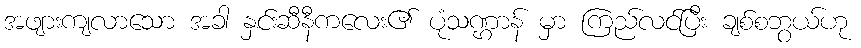
အဖျားကျလာသော အခါ နှင်းဆီနီကလေး၏ ပုံသဏ္ဌာန် မှာ ကြည်လင်ပြီး ချစ်စဘွယ်ဟု